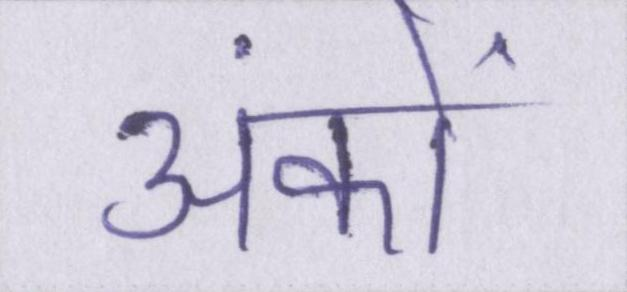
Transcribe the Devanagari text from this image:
अंकों